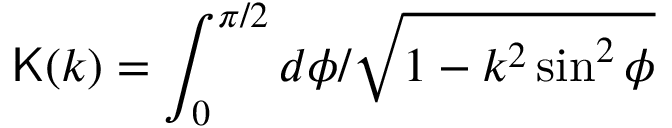
\mathsf { K } ( k ) = \int _ { 0 } ^ { \pi / 2 } d \phi / \sqrt { 1 - k ^ { 2 } \sin ^ { 2 } \phi }